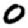
Digit: 0